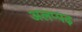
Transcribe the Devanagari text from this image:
अलप्पढ़